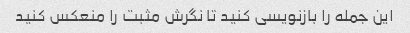
این جمله را بازنویسی کنید تا نگرش مثبت را منعکس کنید